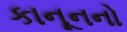
કાનૂનનો